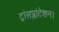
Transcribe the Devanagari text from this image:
ट्रांसप्लांटेशन।